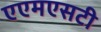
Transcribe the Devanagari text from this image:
एएमएसटी